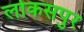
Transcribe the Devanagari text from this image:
लोकसपुर